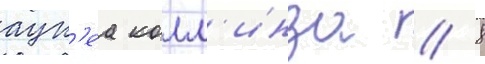
аук'еа колл'инза // 8